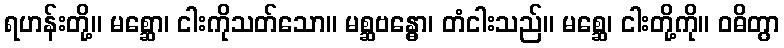
ရဟန်းတို့။ မစ္ဆော၊ ငါးကိုသတ်သော။ မစ္ဆဗန္ဓော၊ တံငါးသည်။ မစ္ဆေ၊ ငါးတို့ကို။ ဝဓိတွာ